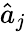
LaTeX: \hat{a}_{j}